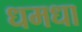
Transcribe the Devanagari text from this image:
धमधा